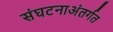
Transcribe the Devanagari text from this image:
संघटनाअंतर्गत